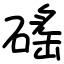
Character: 磘